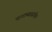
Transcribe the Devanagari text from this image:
नावाच्यासंगीत